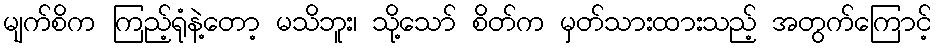
မျက်စိက ကြည့်ရုံနဲ့တော့ မသိဘူး၊ သို့သော် စိတ်က မှတ်သားထားသည့် အတွက်ကြောင့်